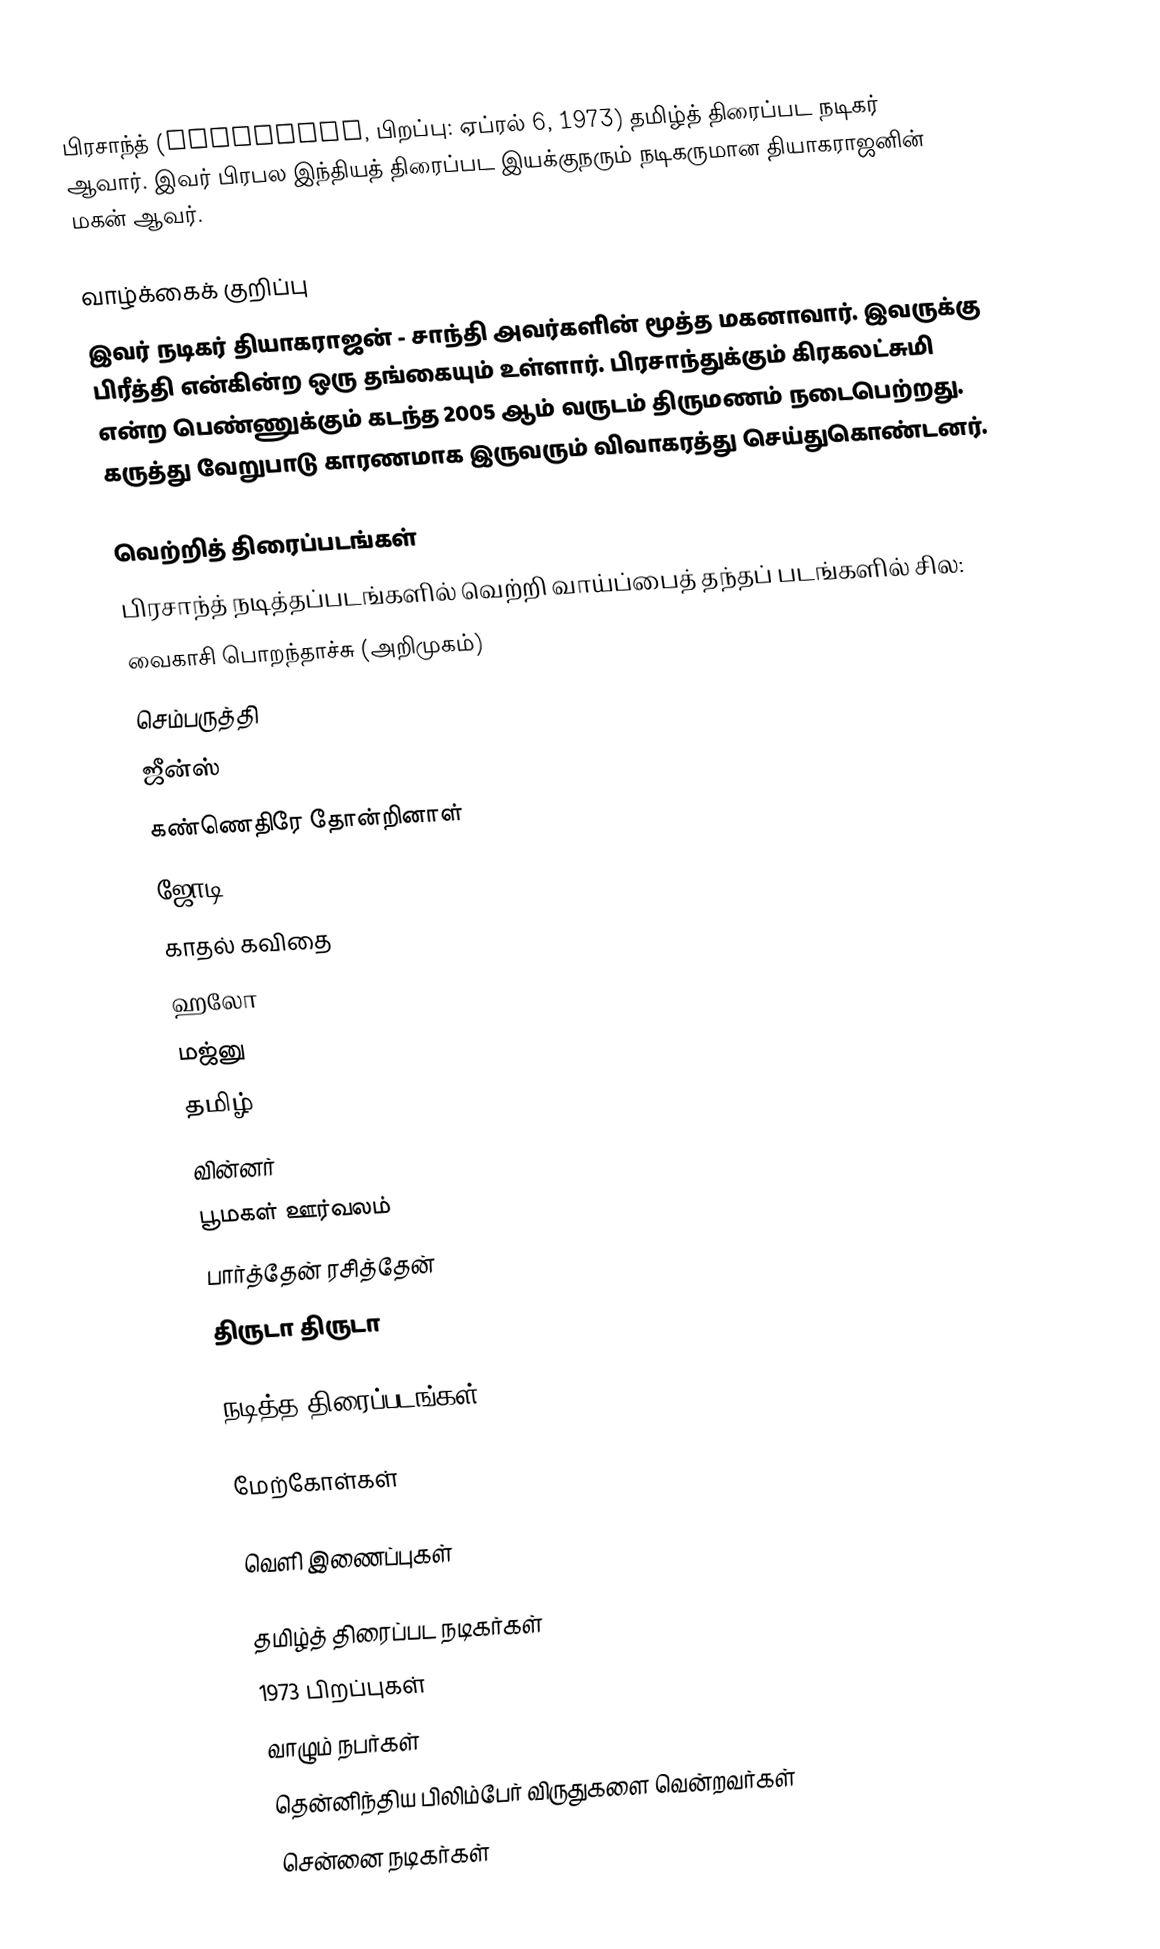
பிரசாந்த் (Prashanth, பிறப்பு: ஏப்ரல் 6, 1973) தமிழ்த் திரைப்பட நடிகர்  ஆவார். இவர் பிரபல இந்தியத் திரைப்பட இயக்குநரும் நடிகருமான தியாகராஜனின் மகன் ஆவர்.

வாழ்க்கைக் குறிப்பு
இவர் நடிகர் தியாகராஜன் - சாந்தி அவர்களின் மூத்த மகனாவார். இவருக்கு பிரீத்தி என்கின்ற ஒரு தங்கையும் உள்ளார். பிரசாந்துக்கும் கிரகலட்சுமி என்ற பெண்ணுக்கும் கடந்த 2005 ஆம் வருடம் திருமணம் நடைபெற்றது.  கருத்து வேறுபாடு காரணமாக இருவரும் விவாகரத்து செய்துகொண்டனர்.

வெற்றித் திரைப்படங்கள்
பிரசாந்த் நடித்தப்படங்களில் வெற்றி வாய்ப்பைத் தந்தப் படங்களில் சில:
வைகாசி பொறந்தாச்சு (அறிமுகம்)
செம்பருத்தி
ஜீன்ஸ்
கண்ணெதிரே தோன்றினாள்
ஜோடி
காதல் கவிதை
ஹலோ
மஜ்னு
தமிழ்
வின்னர்
பூமகள் ஊர்வலம்
பார்த்தேன் ரசித்தேன்
திருடா திருடா

நடித்த திரைப்படங்கள்

மேற்கோள்கள்

வெளி இணைப்புகள்

தமிழ்த் திரைப்பட நடிகர்கள்
1973 பிறப்புகள்
வாழும் நபர்கள்
தென்னிந்திய பிலிம்பேர் விருதுகளை வென்றவர்கள்
சென்னை நடிகர்கள்